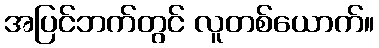
အပြင်ဘက်တွင် လူတစ်ယောက်။